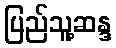
ပြည်သူ့ဆန္ဒ